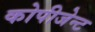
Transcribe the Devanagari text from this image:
कोपीजेन्ट